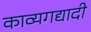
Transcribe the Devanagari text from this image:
काव्यगद्यादी